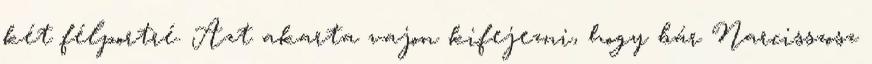
két félportré. Azt akarta vajon kifejezni, hogy bár Narcisszosz